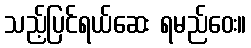
သည့်ပြင်ရယ်ဆေး ရမည်ဝေး။